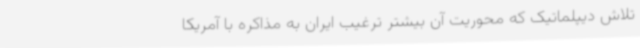
تلاش دیپلماتیک که محوریت آن بیشتر ترغیب ایران به مذاکره با آمریکا